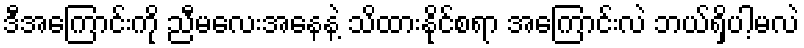
ဒီအကြောင်းကို ညီမလေးအနေနဲ့ သိထားနိုင်စရာ အကြောင်းလဲ ဘယ်ရှိပါ့မလဲ